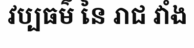
វប្បធម៌ នៃ រាជ វាំង